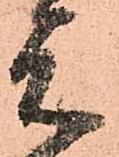
元